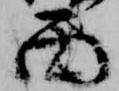
面